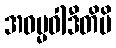
အဓမ္မဝါဒီတိပိ